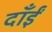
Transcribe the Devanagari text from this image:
दाँईं